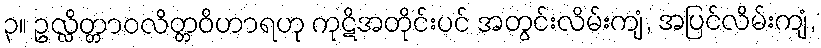
၃။ ဥလ္လိတ္တာဝလိတ္တဝိဟာရဟု ကုဋိအတိုင်းပင် အတွင်းလိမ်းကျံ, အပြင်လိမ်းကျံ,